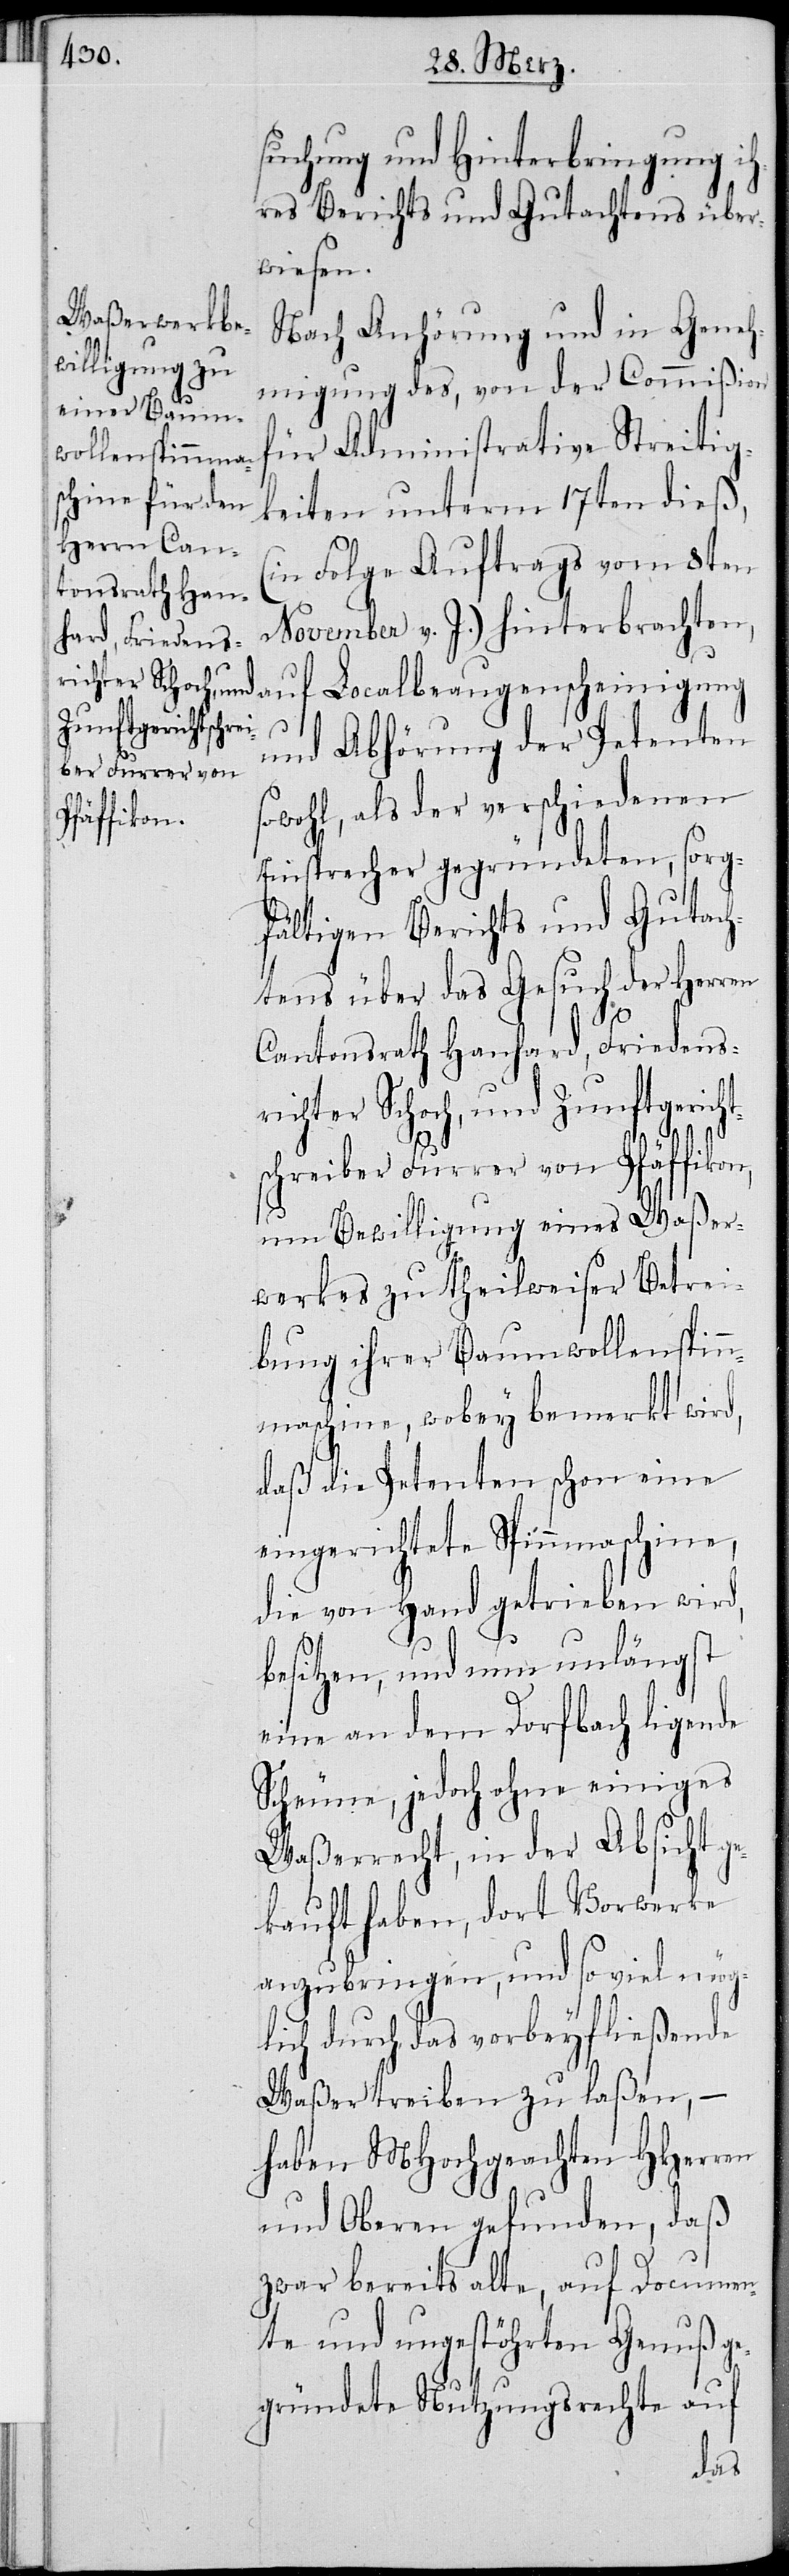
suchung und Hinterbringung ih¬
res Berichts und Gutachtens über¬
wiesen.
Nach Anhörung und in Geneh¬
migung des, von der Commißion
für Administrative Streitig¬
keiten unterm 17ten dieß,
(in Folge Auftrags vom 8ten
November v. J.) hinterbrachten,
auf Localbeaugenscheinigung
und Abhörung der Petenten
sowohl, als der verschiedenen
Einsprecher gegründeten, sorg¬
fältigen Berichts und Gutach¬
tens über das Gesuch der Herren
Cantonsrath Hanhard, Friedens¬
richter Schoch, und Zunftgericht¬
schreiber Furrer von Pfäffikon,
um Bewilligung eines Waßer¬
werkes zu theilweiser Betrei¬
bung ihrer Baumwollenspin¬
nmaschine, wobey bemerkt wird,
daß die Petenten schon eine
eingerichtete Spinnmaschine,
die von Hand getrieben wird,
besitzen, und nun unlängst
eine an dem Dorfbach ligende
Scheune, jedoch ohne einiges
Waßerrecht, in der Absicht g¬
ekauft haben, dort Vorwerke
anzubringen, und so viel mög¬
lich durch das vorbeyfließende
Waßer treiben zu laßen, –
haben MHochgeachten HHerren
und Oberen gefunden, daß
zwar bereits alte, auf Documen¬
te und ungestöhrten Genuß ge¬
gründete Nutzungsrechte auf